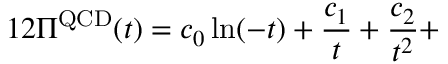
1 2 \Pi ^ { \mathrm { Q C D } } ( t ) = c _ { 0 } \ln ( - t ) + \frac { c _ { 1 } } { t } + \frac { c _ { 2 } } { t ^ { 2 } } +